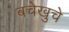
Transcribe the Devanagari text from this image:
बचेखुचे